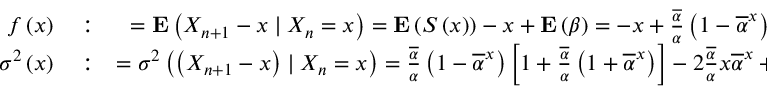
\begin{array} { r l r } { f \left( x \right) } & { { } : } & { = { \bf E } \left( X _ { n + 1 } - x \mid X _ { n } = x \right) = { \bf E } \left( S \left( x \right) \right) - x + { \bf E } \left( \beta \right) = - x + \frac { \overline { { \alpha } } } { \alpha } \left( 1 - \overline { { \alpha } } ^ { x } \right) + { \bf E } \left( \beta \right) } \\ { \sigma ^ { 2 } \left( x \right) } & { { } : } & { = \sigma ^ { 2 } \left( \left( X _ { n + 1 } - x \right) \mid X _ { n } = x \right) = \frac { \overline { { \alpha } } } { \alpha } \left( 1 - \overline { { \alpha } } ^ { x } \right) \left[ 1 + \frac { \overline { { \alpha } } } { \alpha } \left( 1 + \overline { { \alpha } } ^ { x } \right) \right] - 2 \frac { \overline { { \alpha } } } { \alpha } x \overline { { \alpha } } ^ { x } + \sigma ^ { 2 } \left( \beta \right) . } \end{array}